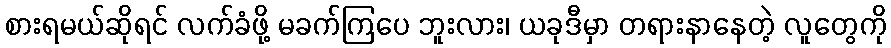
စားရမယ်ဆိုရင် လက်ခံဖို့ မခက်ကြပေ ဘူးလား၊ ယခုဒီမှာ တရားနာနေတဲ့ လူတွေကို